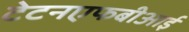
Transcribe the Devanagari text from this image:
टेटनएफबीआई